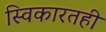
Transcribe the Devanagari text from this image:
स्विकारतही